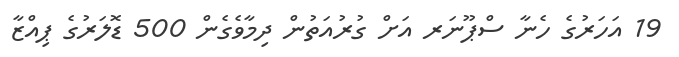
19 އަހަރުގެ ހެނާ ސްޕޫނަރ އަށް ގުރުއަތުން ދިމާވެގެން 500 ޑޮލަރުގެ ޕިއްޒާ